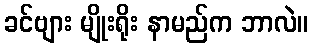
ခင်ဗျား မျိုးရိုး နာမည်က ဘာလဲ။